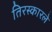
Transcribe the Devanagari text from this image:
तिरस्कारले